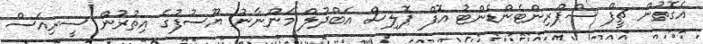
އެގޮތުން ޗީފް ސްޕްރިންޓެންޑެންޓު އޮފް ޕޮލިސް އަބްދުލް މަންނާނު ޔޫސުފުގެ އިތުރުން ސީރިއަސް